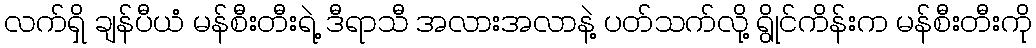
လက်ရှိ ချန်ပီယံ မန်စီးတီးရဲ့ ဒီရာသီ အလားအလာနဲ့ ပတ်သက်လို့ ရွိုင်ကိန်းက မန်စီးတီးကို